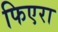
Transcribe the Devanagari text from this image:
फिएरा